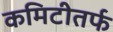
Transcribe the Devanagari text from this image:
कमिटीतर्फ